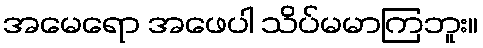
အမေရော အဖေပါ သိပ်မမာကြဘူး။